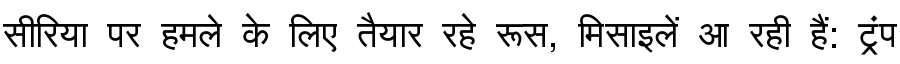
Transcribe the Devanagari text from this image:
सीरिया पर हमले के लिए तैयार रहे रूस, मिसाइलें आ रही हैं: ट्रंप